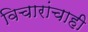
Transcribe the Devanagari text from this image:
विचारांचाही